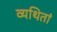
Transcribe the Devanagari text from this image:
व्यथितां